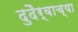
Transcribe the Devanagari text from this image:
दुदैर्वाच्या